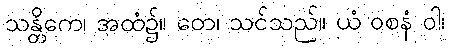
သန္တိကေ၊ အထံ၌။ တေ၊ သင်သည်။ ယံ ဝစနံ ဝါ၊